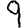
Digit: 9